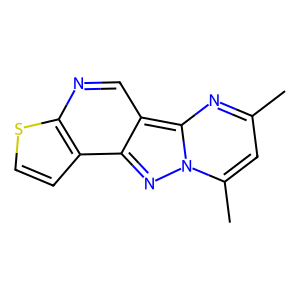
SMILES: Cc1cc(C)n2nc3c4ccsc4ncc3c2n1
Inhibits HIV replication: No